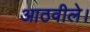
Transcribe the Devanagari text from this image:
आठवीले।